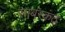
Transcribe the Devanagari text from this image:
साबरकंठ